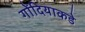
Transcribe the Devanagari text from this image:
गोंदियाकडे